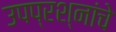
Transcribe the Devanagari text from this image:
उपप्रश्नांचे